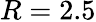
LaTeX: R=2.5